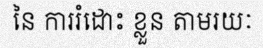
នៃ ការរំដោះ ខ្លួន តាមរយៈ